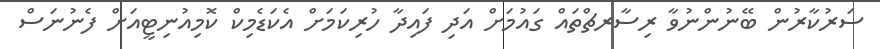
ސަރުކާރުން ބޭނުންނުވާ ރިސާރޗްތައް ގައުމަށް އަދި ފައިދާ ހުރިކަމަށް އެކަޑެމިކް ކޮމިއުނިޓީއަށް ފެނުނަސް